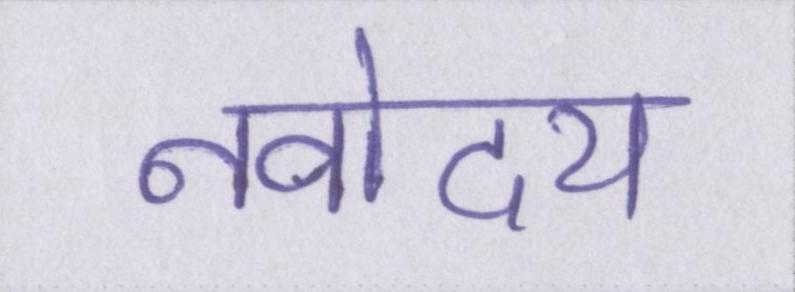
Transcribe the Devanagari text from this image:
नवोदय